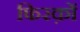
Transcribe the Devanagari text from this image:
फिरक़ों